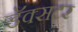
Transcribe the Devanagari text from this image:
डॅक्सटर